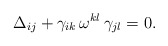
\begin{align*} \Delta_{ij} + \gamma_{ik} \, \omega^{kl} \, \gamma_{jl} = 0.\end{align*}